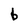
Character: b